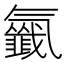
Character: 𣱰